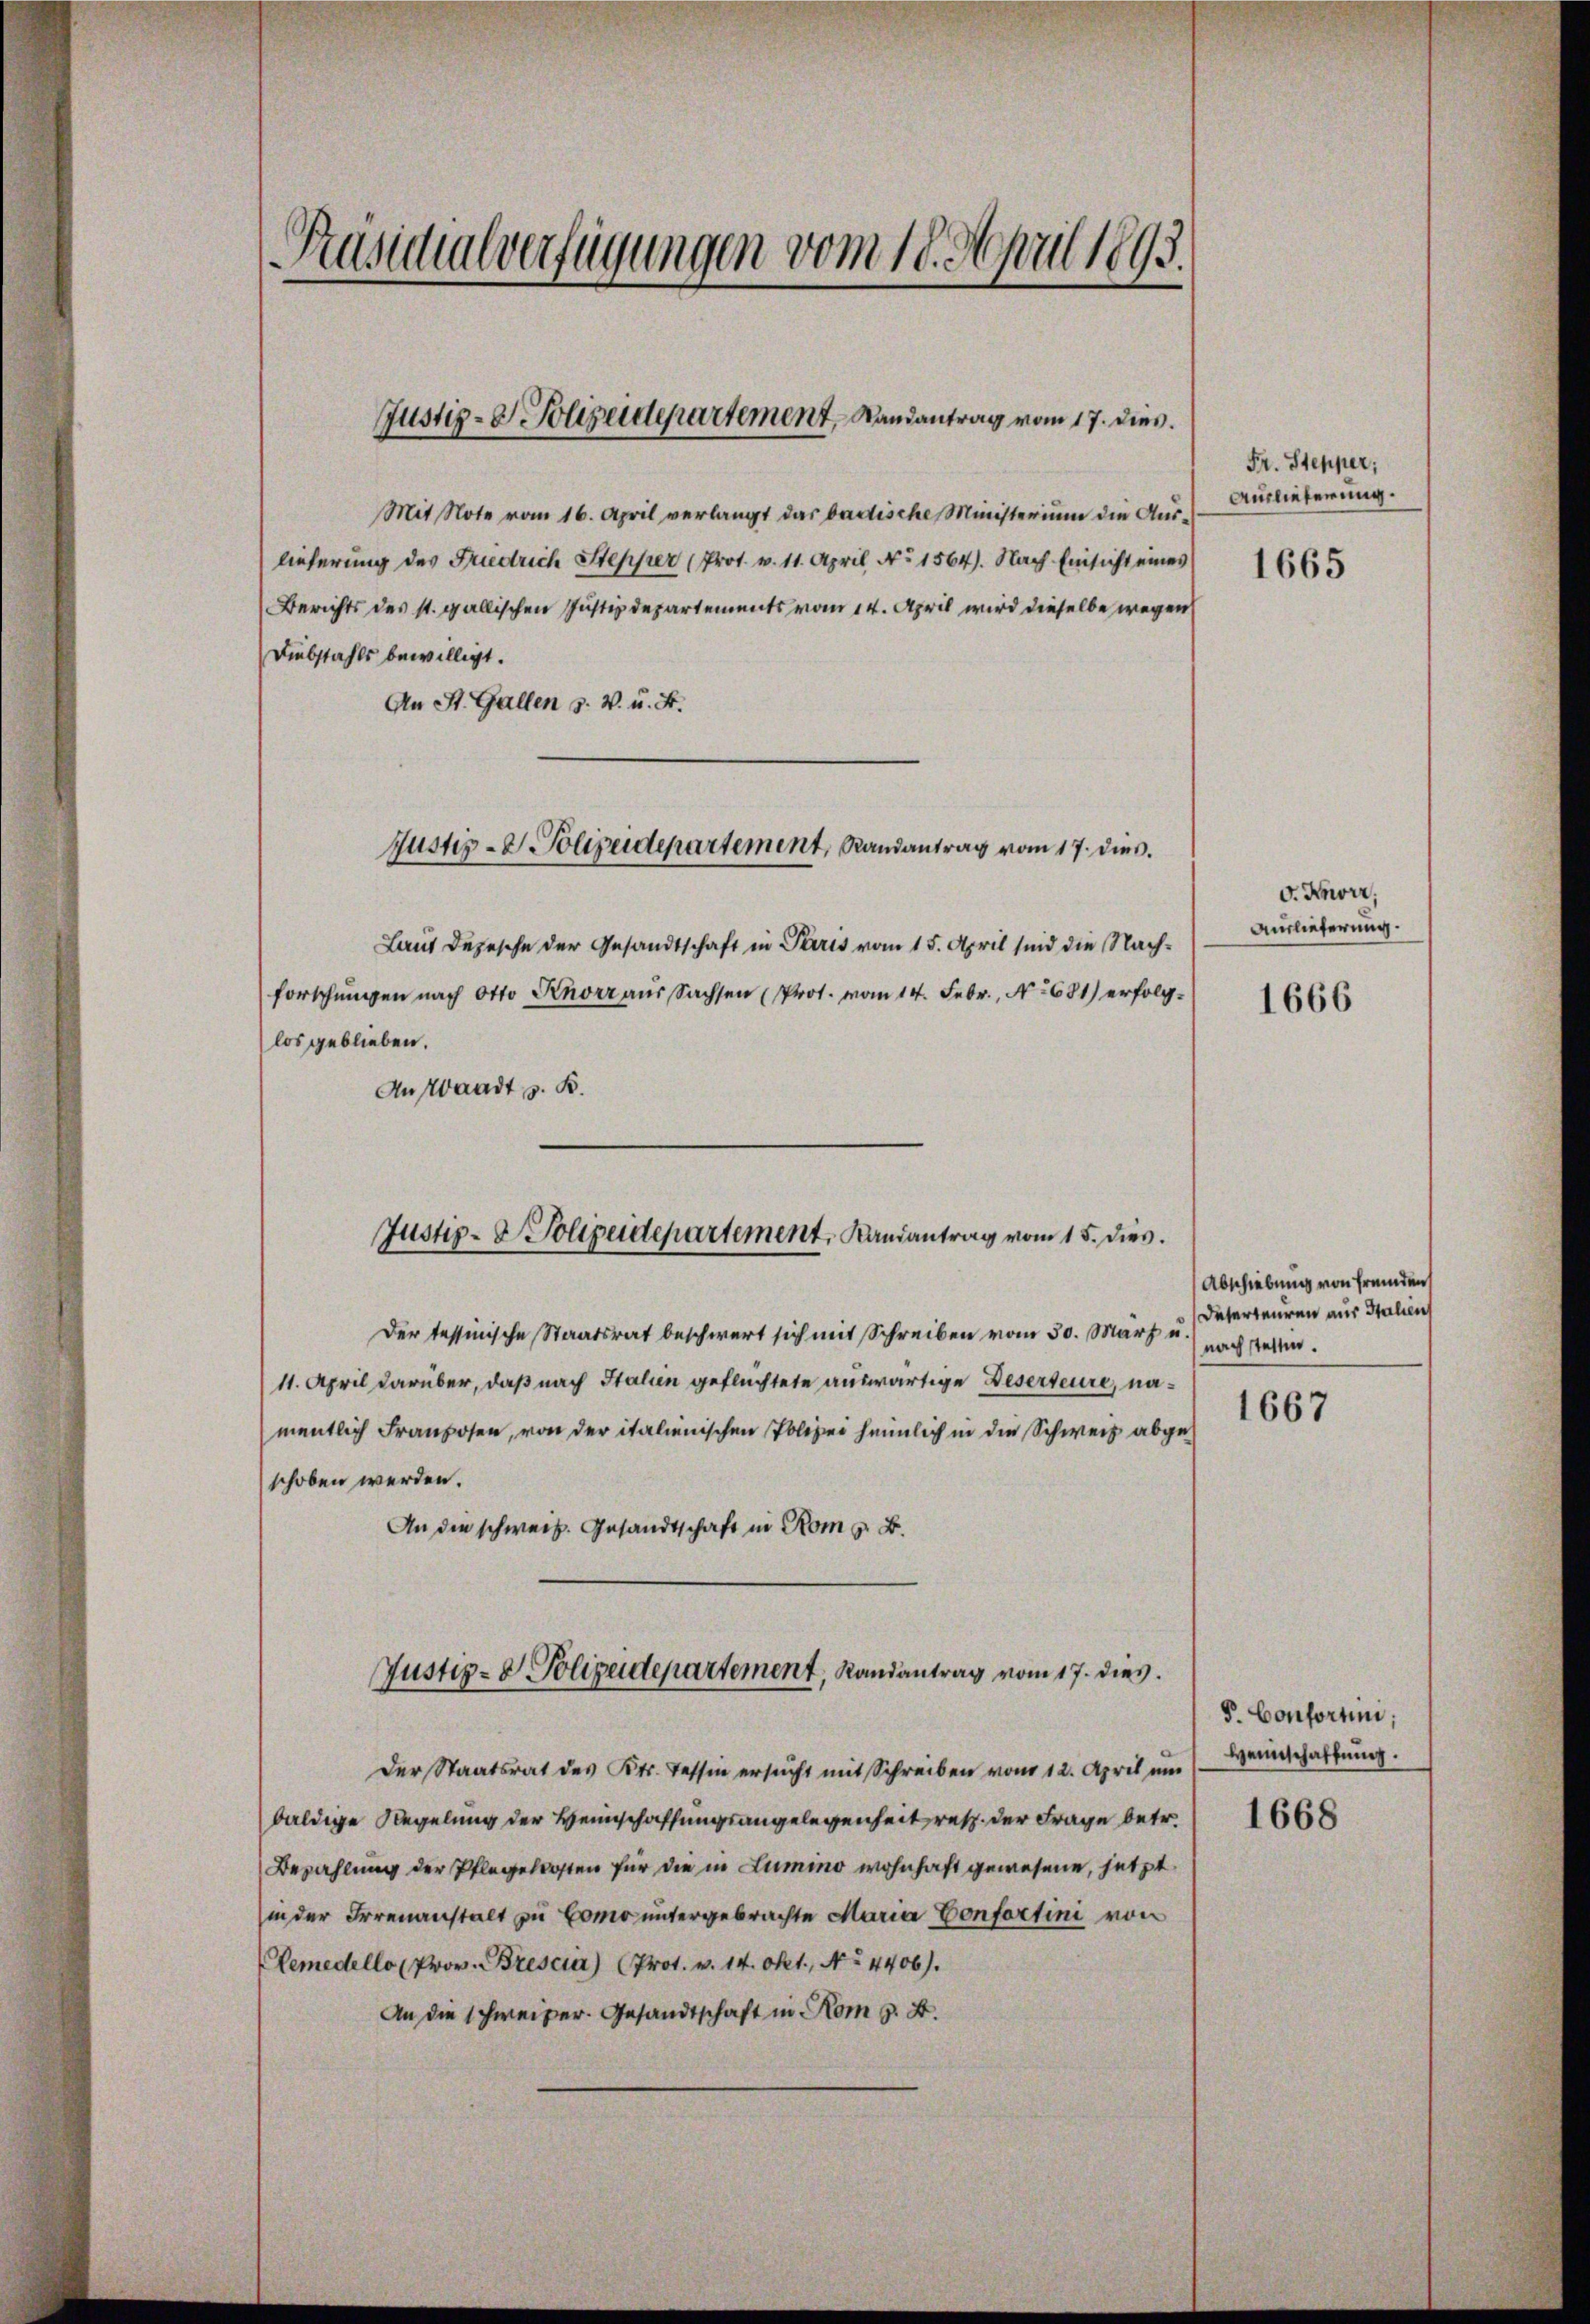
Präsidialverfügungen vom 18. April 1893.

Justiz- & Polizeidepartement, Randantrag vom 17. dies.

Mit Note vom 16. April verlangt das badische Ministerium die Aus-
lieferung des Friedrich Stepper (Prot. v. 11. April, No 1564). Nach Einsicht eines
Berichts des st. gallischen Justizdepartements vom 14. April wird dieselbe wegen
Diebstahls bewilligt.
An St. Gallen s. v. u. F.
Laut Depesche der Gesandtschaft in Paris vom 15. April sind die Nachforschungen nach Otto Knorr aus Sachsen (Prot. vom 14. Febr., No 681) erfolglos geblieben.
An Waadt z. B.
Der tessinische Staatsrat beschwert sich mit Schreiben vom 30. März u.
11. April darüber, daß nach Italien geflüchtete auswärtige Deserteure, namentlich Franzosen, von der italienischen Polizei heimlich in die Schweiz abgeschoben werden.
An die schweiz. Gesandtschaft in Rom z. B.
Justiz- u. Polizeidepartement, Randantrag vom 17. dies
Der Staatsrat des Kts. Tessin ersucht mit Schreiben vom 12. April ein
baldige Regelung der Heimschaffungsangelegenheit resp. der Frage betr.
Bezahlung der Pflegelosten für die in Lumino wohnhaft gewesene, jetzt
in der Irrenanstalt zu Como untergebrachte Maria Confertini von
Remedello (Prov. Bresciar) (Prot. v. 14. Okt., No 4406).
An die schweizer. Gesandtschaft in Rom z. B.

Justiz- & Polizeidepartement, Randantrag vom 17. dieß.

Justiz- & Polizeidepartement, Randantrag vom 15. dies.

Fr. Stepper;
Auslieferung.

1665

v. Knorr;
Auslieferung.

1666

Abschiebung von fremden
Deserteuren aus Italien
nach stetten.

1667

S. Conforten;
Heimschaftung.

1668